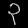
Digit: ၃